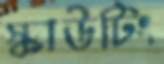
স্কাউটিং